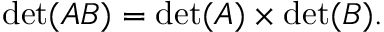
\operatorname* { d e t } ( A B ) = \operatorname* { d e t } ( A ) \times \operatorname* { d e t } ( B ) .